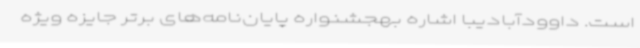
است. داوودآبادیبا اشاره بهجشنواره پایان‌نامه‌های برتر جایزه ویژه